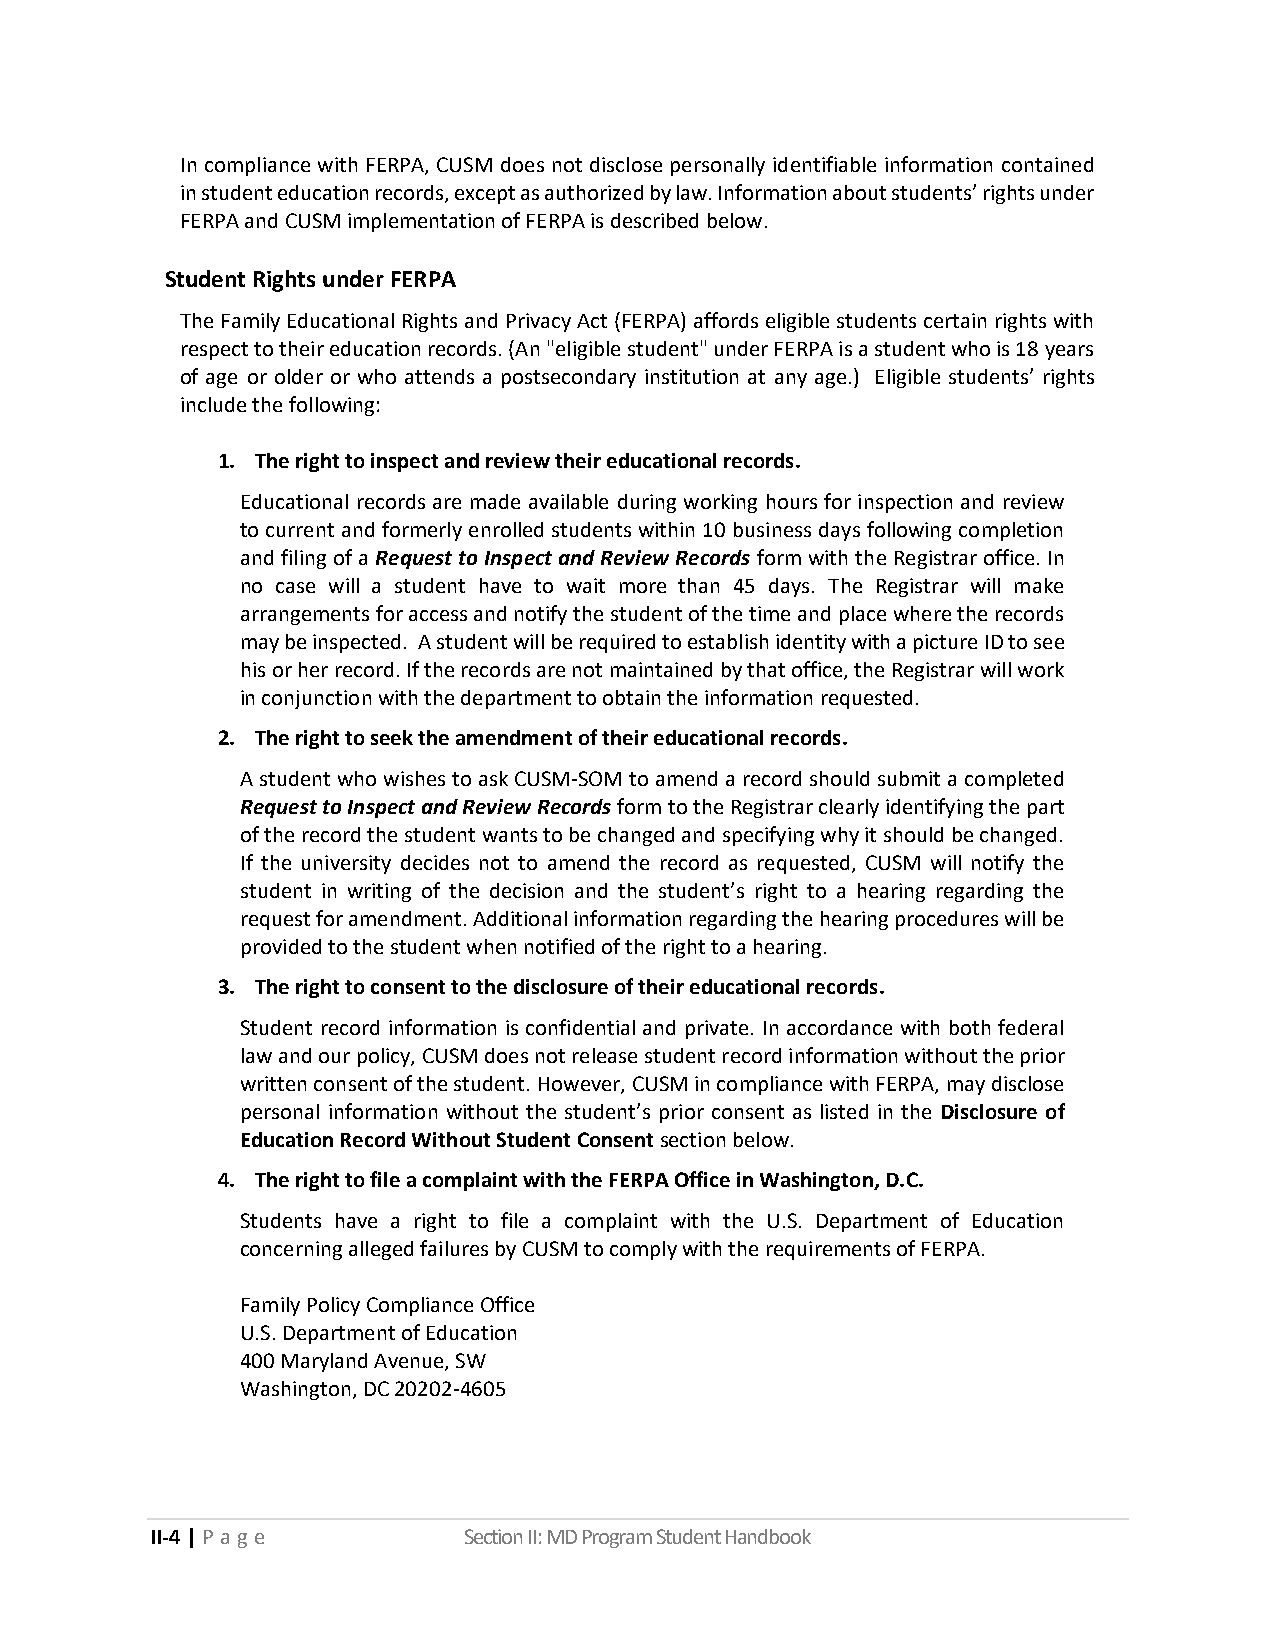
In compliance with FERPA, CUSM does not disclose personally identifiable information contained
 in student education records, except as authorized by law. Information about students’ rights under
 FERPA and CUSM implementation of FERPA is described below.
 Student Rights under FERPA
 The Family Educational Rights and Privacy Act (FERPA) affords eligible students certain rights with
 respect to their education records. (An "eligible student" under FERPA is a student who is 18 years
 of age or older or who attends a postsecondary institution at any age.) Eligible students’ rights
 include the following:
 1. The right to inspect and review their educational records.
 Educational records are made available during working hours for inspection and review
 to current and formerly enrolled students within 10 business days following completion
 and filing of a Request to Inspect and Review Records form with the Registrar office. In
 no case will a student have to wait more than 45 days. The Registrar will make
 arrangements for access and notify the student of the time and place where the records
 may be inspected. A student will be required to establish identity with a picture ID to see
 his or her record. If the records are not maintained by that office, the Registrar will work
 in conjunction with the department to obtain the information requested.
 2. The right to seek the amendment of their educational records.
 A student who wishes to ask CUSM-SOM to amend a record should submit a completed
 Request to Inspect and Review Records form to the Registrar clearly identifying the part
 of the record the student wants to be changed and specifying why it should be changed.
 If the university decides not to amend the record as requested, CUSM will notify the
 student in writing of the decision and the student’s right to a hearing regarding the
 request for amendment. Additional information regarding the hearing procedures will be
 provided to the student when notified of the right to a hearing.
 3. The right to consent to the disclosure of their educational records.
 Student record information is confidential and private. In accordance with both federal
 law and our policy, CUSM does not release student record information without the prior
 written consent of the student. However, CUSM in compliance with FERPA, may disclose
 personal information without the student’s prior consent as listed in the Disclosure of
 Education Record Without Student Consent section below.
 4. The right to file a complaint with the FERPA Office in Washington, D.C.
 Students have a right to file a complaint with the U.S. Department of Education
 concerning alleged failures by CUSM to comply with the requirements of FERPA.
 Family Policy Compliance Office
 U.S. Department of Education
 400 Maryland Avenue, SW
 Washington, DC 20202-4605
 II-4 | P a ge        Section II: MD Program Student Handbook